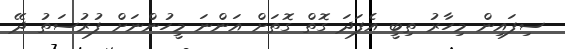
ސިފައިން މިހާރު ތިބީ އެފަދަ ގޮތް ގޮތަށް އަންނަ މީހުންނަށް ފުރުސަތު ދޭ